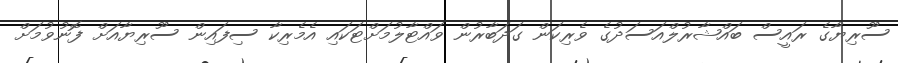
ސޫރިޔާގެ ރައީސް ބައްޝާރުލްއަަސަދުގެ ވެރިކަން ގަދަބާރުން ވައްޓާލުމަށްޓަކައި އެމެރިކާ ސިފައިން ސޫރިޔާއަށް ފޮނުވުމަށް